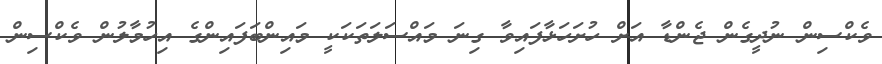
ވެކްސިން ނުދީގެން ޖެންޑާ އަށް ހުށަހަޅާފައިވާ ގިނަ މައްސަލަތަކަކީ މައިންބަފައިންގެ އިހުމާލުން ވެކްސިން